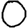
Digit: 0